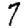
Digit: 7